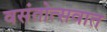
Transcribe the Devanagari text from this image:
वसंतोत्सवात